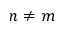
n \neq m